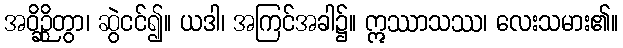
အဝိဉ္ဆိတွာ၊ ဆွဲငင်၍။ ယဒါ၊ အကြင်အခါ၌။ ဣဿာသဿ၊ လေးသမား၏။